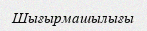
Шығырмашылығы